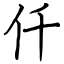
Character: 仟